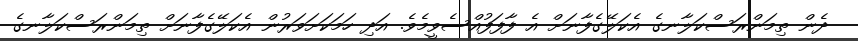
ދެން ތިމަންރަސްކަލާނގެ އެކަލޭގެފާނަށް އެ ފާފަފުއްސެވީމެވެ. އަދި ހަމަކަށަވަރުން އެކަލޭގެފާނަށް ތިމަންރަސްކަލާނގެ